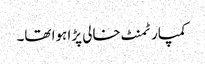
کمپارٹمنٹ خالی پڑا ہوا تھا۔